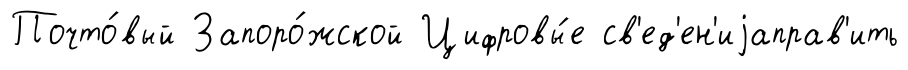
Почто́вый Запоро́жской Цифровы́е св'ед'ен'иjаправ'ить